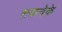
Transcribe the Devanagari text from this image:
सकनेके